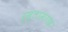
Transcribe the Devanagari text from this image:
रुस्तामगढ़